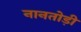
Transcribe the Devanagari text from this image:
नानतोड़ी